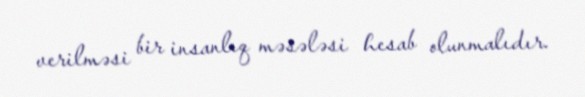
verilməsi bir insanlıq məsələsi hesab olunmalıdır.